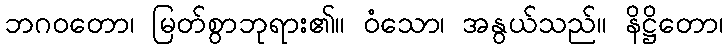
ဘဂဝတော၊ မြတ်စွာဘုရား၏။ ဝံသော၊ အနွယ်သည်။ နိဋ္ဌိတော၊